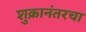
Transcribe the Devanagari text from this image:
शुक्रानंतरचा